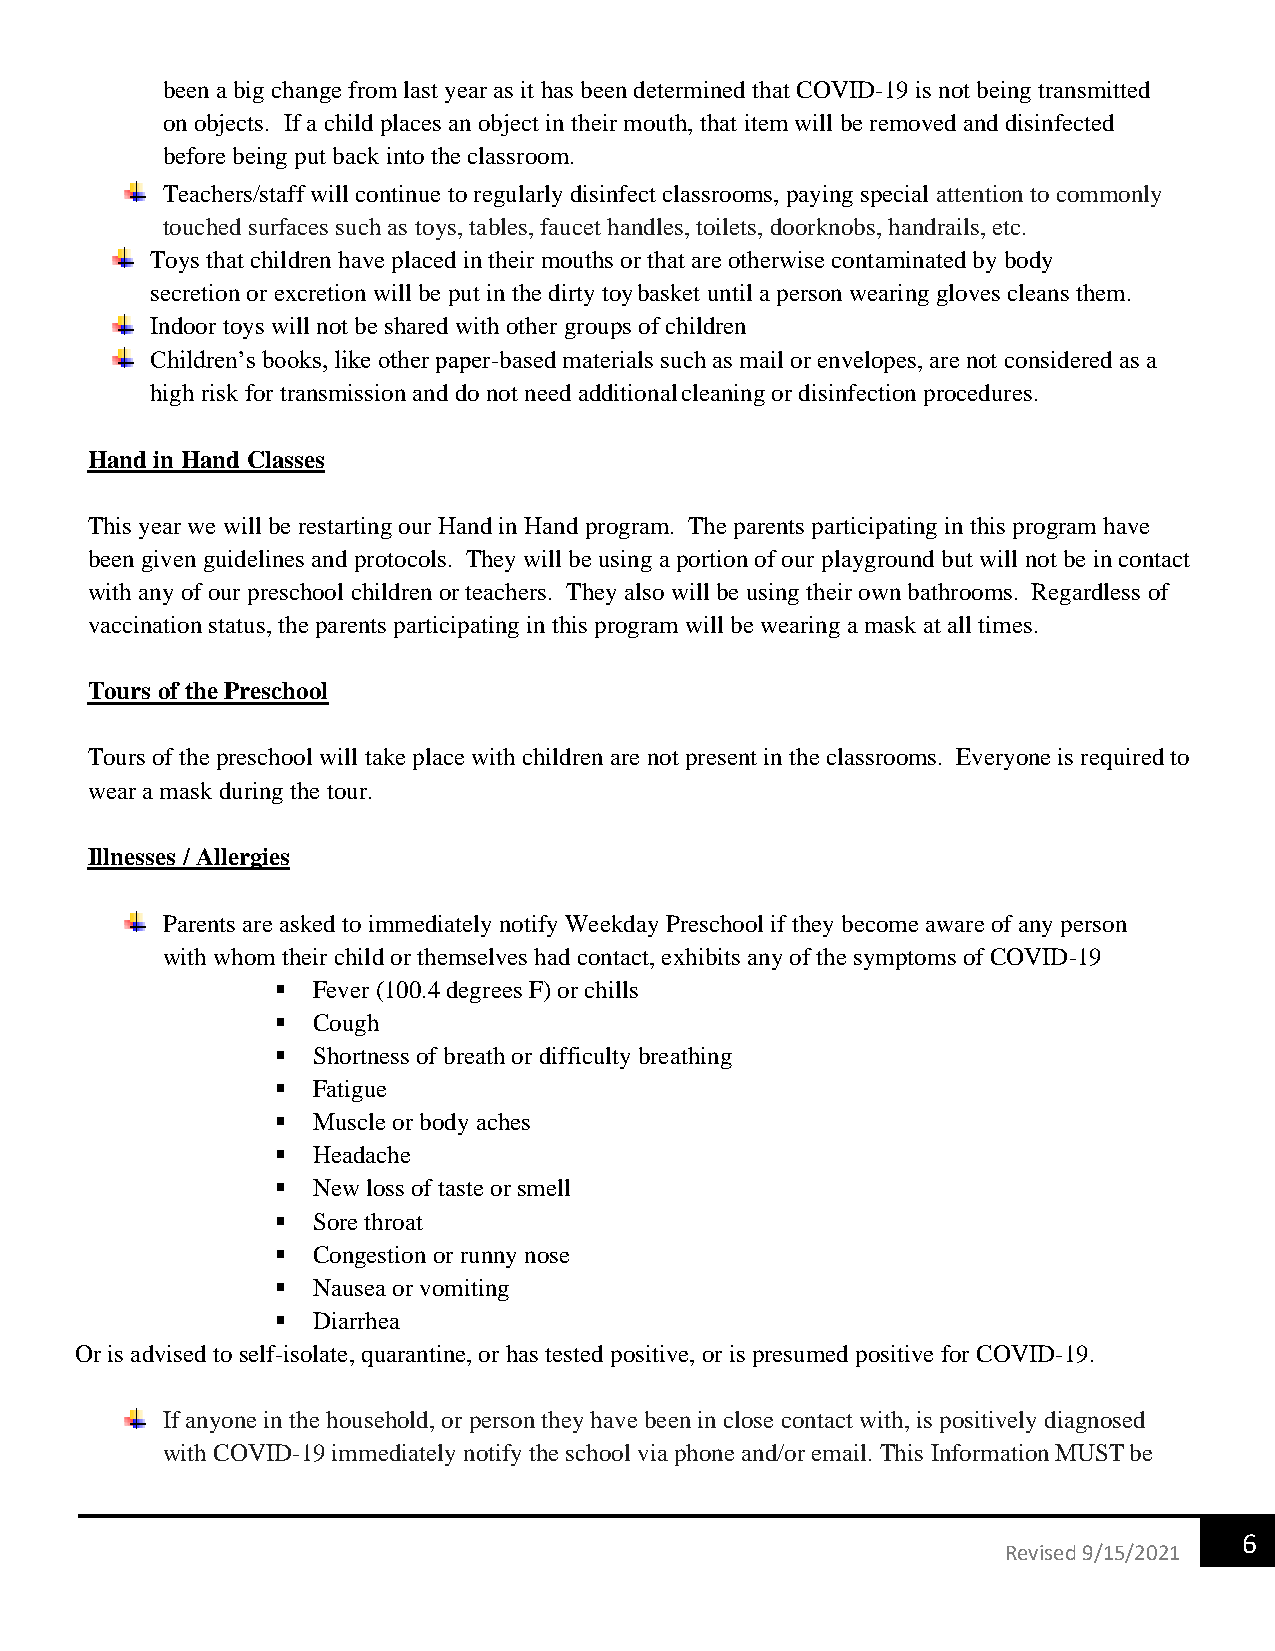
been a big change from last year as it has been determined that COVID-19 is not being transmitted
 on objects. If a child places an object in their mouth, that item will be removed and disinfected
 before being put back into the classroom.
 Teachers/staff will continue to regularly disinfect classrooms, paying special attention to commonly
 touched surfaces such as toys, tables, faucet handles, toilets, doorknobs, handrails, etc.
 Toys that children have placed in their mouths or that are otherwise contaminated by body
 secretion or excretion will be put in the dirty toy basket until a person wearing gloves cleans them.
 Indoor toys will not be shared with other groups of children
 Children’s books, like other paper-based materials such as mail or envelopes, are not considered as a
 high risk for transmission and do not need additional cleaning or disinfection procedures.
 Hand in Hand Classes
 This year we will be restarting our Hand in Hand program. The parents participating in this program have
 been given guidelines and protocols. They will be using a portion of our playground but will not be in contact
 with any of our preschool children or teachers. They also will be using their own bathrooms. Regardless of
 vaccination status, the parents participating in this program will be wearing a mask at all times.
 Tours of the Preschool
 Tours of the preschool will take place with children are not present in the classrooms. Everyone is required to
 wear a mask during the tour.
 Illnesses / Allergies
 Parents are asked to immediately notify Weekday Preschool if they become aware of any person
 with whom their child or themselves had contact, exhibits any of the symptoms of COVID-19
 ▪  Fever (100.4 degrees F) or chills
 ▪  Cough
 ▪  Shortness of breath or difficulty breathing
 ▪  Fatigue
 ▪  Muscle or body aches
 ▪  Headache
 ▪  New loss of taste or smell
 ▪  Sore throat
 ▪  Congestion or runny nose
 ▪  Nausea or vomiting
 ▪  Diarrhea
 Or is advised to self-isolate, quarantine, or has tested positive, or is presumed positive for COVID-19.
 If anyone in the household, or person they have been in close contact with, is positively diagnosed
 with COVID-19 immediately notify the school via phone and/or email. This Information MUST be
 6
 Revised 9/15/2021